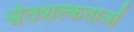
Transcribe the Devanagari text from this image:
श्वेतशल्कताओं